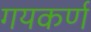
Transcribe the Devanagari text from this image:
गयकर्ण